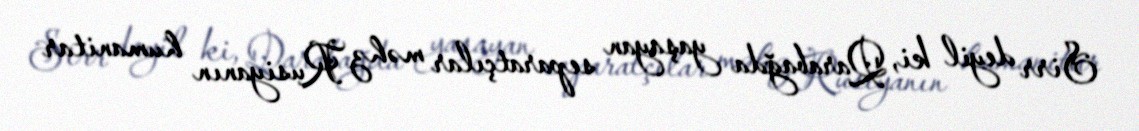
Sirr deyil ki, Qarabağda yaşayan separatçılar məhz Rusiyanın humanitar